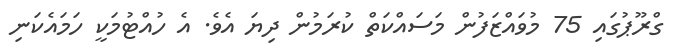
ގްރޫޕުގައި 75 މުވައްޒަފުން މަސައްކަތް ކުރަމުން ދިޔަ އެވެ. އެ ހުއްޓުމަކީ ހަމައެކަނި